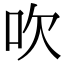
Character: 吹